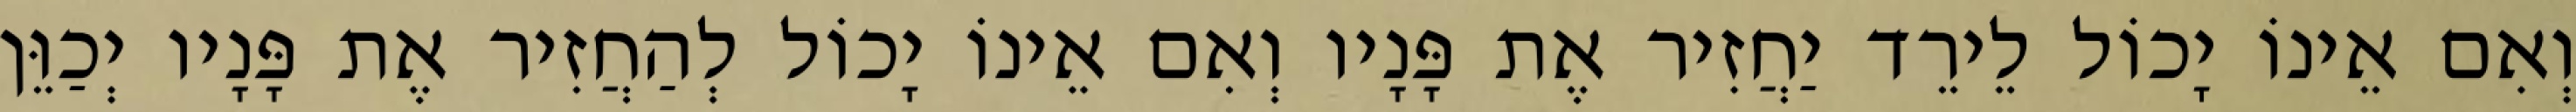
וְאִם אֵינוֹ יָכוֹל לֵירֵד יַחֲזִיר אֶת פָּנָיו וְאִם אֵינוֹ יָכוֹל לְהַחֲזִיר אֶת פָּנָיו יְכַוֵּן